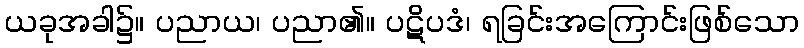
ယခုအခါ၌။ ပညာယ၊ ပညာ၏။ ပဋိပဒံ၊ ရခြင်းအကြောင်းဖြစ်သော